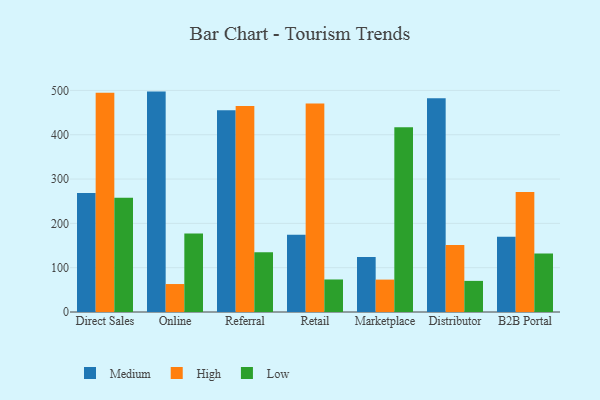
{"axis": {"x": "Channel", "y": "Backlog"}, "legend": ["High", "Low", "Medium"], "data": [{"x": "Direct Sales", "y": 268.6, "type": "Medium"}, {"x": "Direct Sales", "y": 494.8, "type": "High"}, {"x": "Direct Sales", "y": 257.6, "type": "Low"}, {"x": "Online", "y": 497.3, "type": "Medium"}, {"x": "Online", "y": 63.1, "type": "High"}, {"x": "Online", "y": 177.4, "type": "Low"}, {"x": "Referral", "y": 455.1, "type": "Medium"}, {"x": "Referral", "y": 464.8, "type": "High"}, {"x": "Referral", "y": 134.7, "type": "Low"}, {"x": "Retail", "y": 174.3, "type": "Medium"}, {"x": "Retail", "y": 470.5, "type": "High"}, {"x": "Retail", "y": 73.4, "type": "Low"}, {"x": "Marketplace", "y": 124.0, "type": "Medium"}, {"x": "Marketplace", "y": 73.1, "type": "High"}, {"x": "Marketplace", "y": 416.7, "type": "Low"}, {"x": "Distributor", "y": 482.5, "type": "Medium"}, {"x": "Distributor", "y": 151.0, "type": "High"}, {"x": "Distributor", "y": 70.2, "type": "Low"}, {"x": "B2B Portal", "y": 169.9, "type": "Medium"}, {"x": "B2B Portal", "y": 270.5, "type": "High"}, {"x": "B2B Portal", "y": 131.8, "type": "Low"}]}